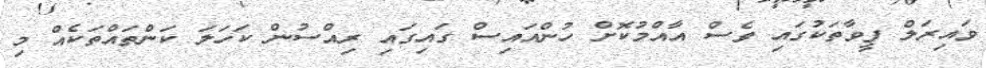
ވައިރަލް ފީވާތަކުގައި ވެސް އާއްމުކޮށް ހުންއައިސް ގައިގައި ރިއްސުން ކަހަލަ ކަންތައްތަކެއް މި